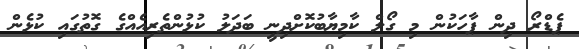
ޕެޑްރޯ ދިން ޕާހަކުން މި ގޯލް ކާމިޔާބުކޮށްދިނީ ބަދަލު ކުޅުންތެރިއެއްގެ ގޮތުގައި ކުޅެން